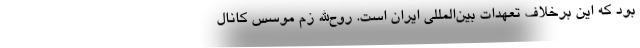
بود که این برخلاف تعهدات بین‌المللی ایران است. روح‌الله زم موسس کانال